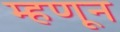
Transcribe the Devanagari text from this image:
म्हणून